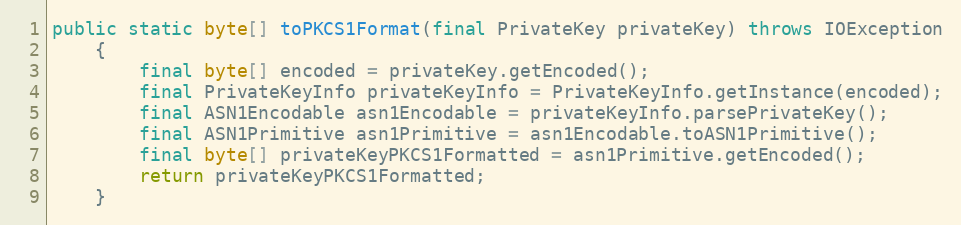
Language: Java
public static byte[] toPKCS1Format(final PrivateKey privateKey) throws IOException
	{
		final byte[] encoded = privateKey.getEncoded();
		final PrivateKeyInfo privateKeyInfo = PrivateKeyInfo.getInstance(encoded);
		final ASN1Encodable asn1Encodable = privateKeyInfo.parsePrivateKey();
		final ASN1Primitive asn1Primitive = asn1Encodable.toASN1Primitive();
		final byte[] privateKeyPKCS1Formatted = asn1Primitive.getEncoded();
		return privateKeyPKCS1Formatted;
	}